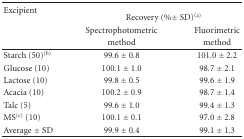
<table><thead><tr><td rowspan="2"><b>Excipient</b></td><td></td><td></td></tr><tr><td colspan="2"><b>Recovery (% ± SD)<sup>(a)</sup></b></td></tr><tr><td></td><td><b>Spectrophotometric </b></td><td><b>Fluorimetric </b></td></tr><tr><td></td><td><b>method</b></td><td><b>method</b></td></tr></thead><tbody><tr><td>Starch (50)<sup>(b)</sup></td><td>99.6 ± 0.8</td><td>101.0 ± 2.2</td></tr><tr><td>Glucose (10)</td><td>100.1 ± 1.0</td><td>98.7 ± 2.1</td></tr><tr><td>Lactose (10)</td><td>99.8 ± 0.5</td><td>99.6 ± 1.9</td></tr><tr><td>Acacia (10)</td><td>100.2 ± 0.9</td><td>98.7 ± 1.4</td></tr><tr><td>Talc (5) </td><td>99.6 ± 1.0</td><td>99.4 ± 1.3</td></tr><tr><td>MS<sup>(c)</sup> (10)</td><td>100.1 ± 0.1</td><td>97.0 ± 2.8</td></tr><tr><td>Average ± SD</td><td>99.9 ± 0.4</td><td>99.1 ± 1.3</td></tr></tbody></table>